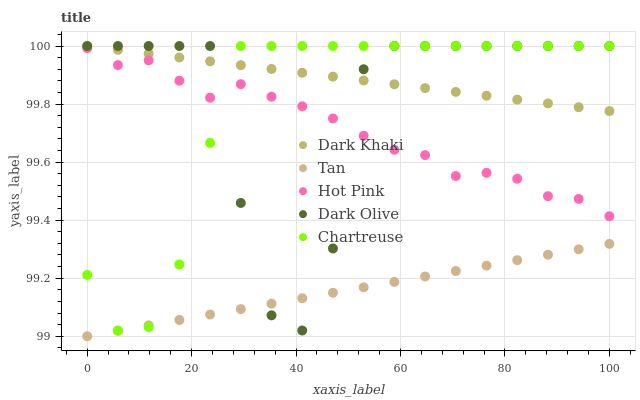
| xaxis_label | Dark Khaki | Tan | Hot Pink | Dark Olive | Chartreuse |
 | --- | --- | --- | --- | --- | --- |
 | 0 | 100 | 99 | 100 | 100 | 99.2 |
 | 5.88 | 100 | 99 | 99.9 | 100 | 99 |
 | 11.8 | 100 | 99 | 100 | 100 | 99 |
 | 17.6 | 100 | 99.1 | 99.9 | 100 | 99.2 |
 | 23.5 | 99.9 | 99.1 | 99.8 | 100 | 99.7 |
 | 29.4 | 99.9 | 99.1 | 99.9 | 99.5 | 100 |
 | 35.3 | 99.9 | 99.1 | 99.8 | 99.1 | 100 |
 | 41.2 | 99.9 | 99.1 | 99.8 | 99 | 100 |
 | 47.1 | 99.9 | 99.1 | 99.8 | 99.3 | 100 |
 | 52.9 | 99.9 | 99.2 | 99.7 | 99.9 | 100 |
 | 58.8 | 99.9 | 99.2 | 99.6 | 100 | 100 |
 | 64.7 | 99.9 | 99.2 | 99.6 | 100 | 100 |
 | 70.6 | 99.8 | 99.2 | 99.6 | 100 | 100 |
 | 76.5 | 99.8 | 99.2 | 99.6 | 100 | 100 |
 | 82.4 | 99.8 | 99.3 | 99.5 | 100 | 100 |
 | 88.2 | 99.8 | 99.3 | 99.5 | 100 | 100 |
 | 94.1 | 99.8 | 99.3 | 99.5 | 100 | 100 |
 | 100 | 99.8 | 99.3 | 99.4 | 100 | 100 |